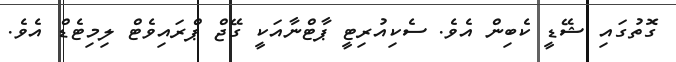
ގޮތުގައި ޝޭޑީ ކެބިން އެވެ. ސެކިއުރިޓީ ޕާޓްނާއަކީ ގޭޖް ޕްރައިވެޓް ލިމިޓެޑް އެވެ.